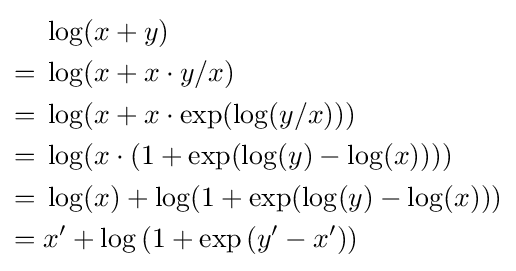
{\begin{aligned}&\log(x+y)\\={}&\log(x+x\cdot y/x)\\={}&\log(x+x\cdot \exp(\log(y/x)))\\={}&\log(x\cdot (1+\exp(\log(y)-\log(x))))\\={}&\log(x)+\log(1+\exp(\log(y)-\log(x)))\\={}&x'+\log \left(1+\exp \left(y'-x'\right)\right)\end{aligned}}